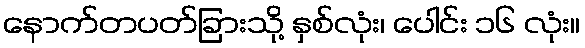
နောက်တပတ်ခြားသို့ နှစ်လုံး၊ ပေါင်း ၁၆ လုံး။